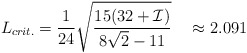
\begin{align*}L_{crit.} = \frac{1}{24} \sqrt{\frac{15 (32+{\cal I})}{8 \sqrt{2} -11}}~~~\approx 2.091\end{align*}